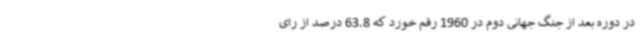
در دوره بعد از جنگ جهانی دوم در 1960 رقم خورد که 63.8 درصد از رای